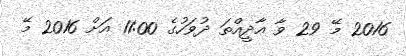
2016 މޭ 29 ވާ އާދީއްތަ ދުވަހުގެ 11:00 އަށް 2016 މޭ